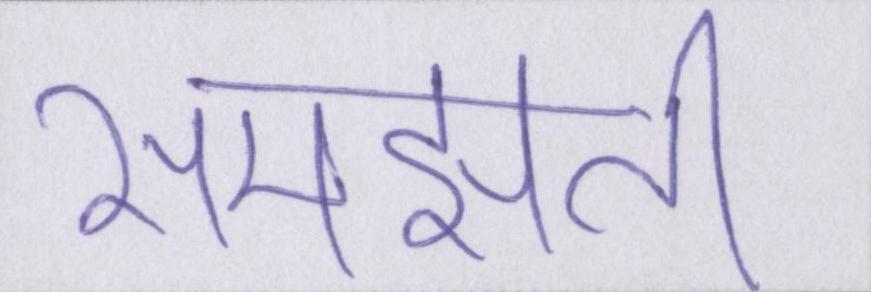
समझती